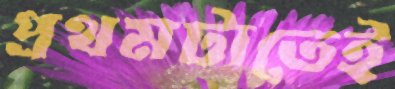
প্রথমটাতেই